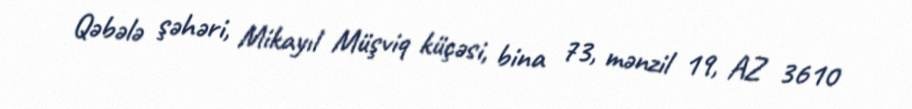
Qəbələ şəhəri, Mikayıl Müşviq küçəsi, bina 73, mənzil 19, AZ 3610